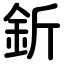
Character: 釿